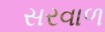
સરવાળ